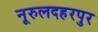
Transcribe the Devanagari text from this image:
नूरुलदहरपुर